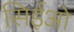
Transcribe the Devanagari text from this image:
सिईओ